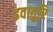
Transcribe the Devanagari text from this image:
इवातुरि